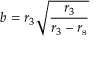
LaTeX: b = r _ { 3 } { \sqrt { \frac { r _ { 3 } } { r _ { 3 } - r _ { \mathrm { { s } } } } } }